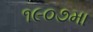
૧૯૦૭મા